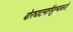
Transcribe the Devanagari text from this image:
बोरघाटमार्गेपुण्याकडे